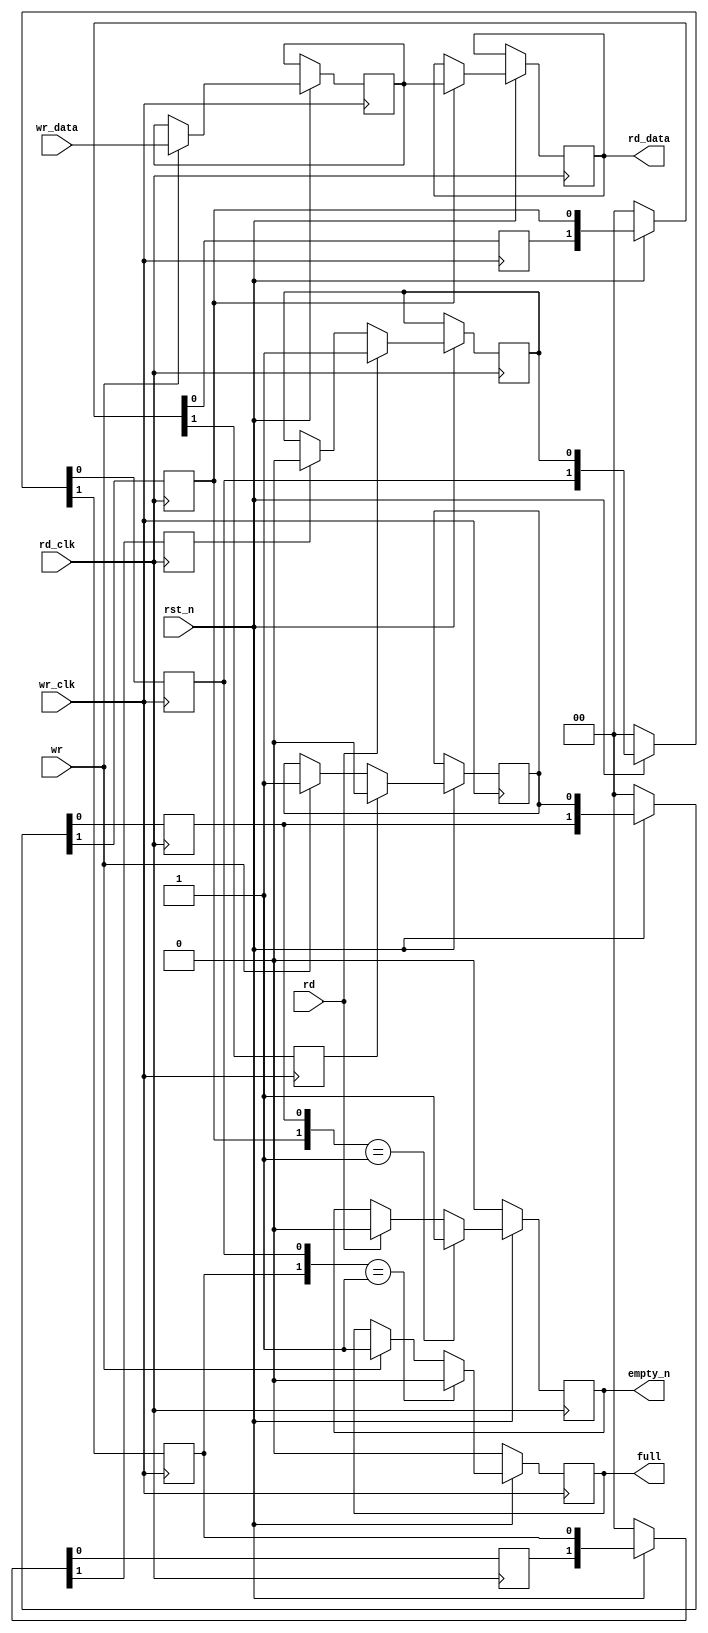
/*
 * This is a 2 clock fifo used for transferring data between
 * clock domains. 
 * 
 * I assume here that the output (read) clock is >5X slower than the
 * input (write) clock.
 *
 * Also, the fifo is just 1 word deep. 
 *
 * Changes
 *  - 2015-07-03   issue when writing from low speed clock, empty_n goes
 *                 high and stays high.  The reader side will see and read, but
 *                 after complete empty_n is still high.  It will continue
 *                 to read until empty_n is lowered based on the write side
 *                 clock.
 *                 The empty_n should go low once the reader reads.
 *
 */
module fifo (
  // Write side
  wr_clk,
  wr_data, 
  wr,
  full,   // means don't write any more
  
  // Read side
  rd_data,
  rd_clk,
  rd,
  empty_n, // also means we can read
  
  rst_n
);

parameter BUS_WIDTH = 16;

input [BUS_WIDTH-1:0]  wr_data;
input                  wr_clk;
input                  wr;
output                 full;      // Low-Means in side can write

output [BUS_WIDTH-1:0] rd_data; 
input                  rd_clk;
input                  rd;
output                 empty_n;   // High-Means out side can read

input                  rst_n;

reg [BUS_WIDTH-1:0]    wr_data_r;
reg [BUS_WIDTH-1:0]    rd_data;

/* 
 * these reg sets span accross 2 clock domtains
 *   CLK WR                    | CLK RD
 *  [wr_r] ------------------> | -> [wr_syn1] -> [wr_syn2] -\
 *  <- [wr_ack2] <- [wr_ack1]  | ---------------------------/
 *    ^^^^^^^^^^               |  
 *  Set wr_r when we get a wr  |  increment counter when we get
 *  Clr wr when we get wr_ack2 |  wr_syn2, and syncronize data
 * 
 */
reg                    wr_r, wr_syn1, wr_syn2, wr_ack1, wr_ack2;
reg                    rd_r, rd_syn1, rd_syn2, rd_ack1, rd_ack2;
reg                    wr_fifo_cnt;
reg                    rd_fifo_cnt;

assign full = wr_fifo_cnt == 1'b1;
assign empty_n = rd_fifo_cnt == 1'b1;

always @ (posedge rd_clk)
  if (~rst_n)
    begin
       rd_fifo_cnt <= 1'b0;
       {rd_ack2, rd_ack1} <= 2'b00; 
       {wr_syn2, wr_syn1} <= 2'b00; 
    end
  else
    begin
      
      {rd_ack2, rd_ack1} <= {rd_ack1, rd_syn2}; 
      {wr_syn2, wr_syn1} <= {wr_syn1, wr_r}; 
      
      if (rd)
        rd_r <= 1'b1;
      else if (rd_ack2)
        rd_r <= 1'b0;
      
      if (rd)
        rd_fifo_cnt <= 1'b0;
      if ({wr_syn2, wr_syn1} == 2'b01) // if we want to just do increment 1 time, we can check posedge
        rd_fifo_cnt <= 1'b1;
      
      if (wr_syn2)
        rd_data <= wr_data_r;
    end
    
always @ (posedge wr_clk)
 if (~rst_n)
   begin
      wr_fifo_cnt <= 1'b0;
      {rd_syn2, rd_syn1} <= 2'b00;
      {wr_ack2, wr_ack1} <= 2'b00;
   end
 else
   begin
     {wr_ack2, wr_ack1} <= {wr_ack1, wr_syn2};   
     {rd_syn2, rd_syn1} <= {rd_syn1, rd_r};
   
     if (wr)
       wr_r <= 1'b1;
     if (wr_ack2)
       wr_r <= 1'b0;
       
     if (wr)
       wr_fifo_cnt <= 1'b1;
     if ({rd_syn2, rd_syn1} == 2'b01)
       wr_fifo_cnt <= 1'b0;
       
     // register write data on write
     if (wr)
       wr_data_r <= wr_data;

   end


endmodule